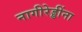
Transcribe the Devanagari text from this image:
नागीरेड्डींना